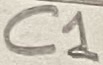
Text: C1